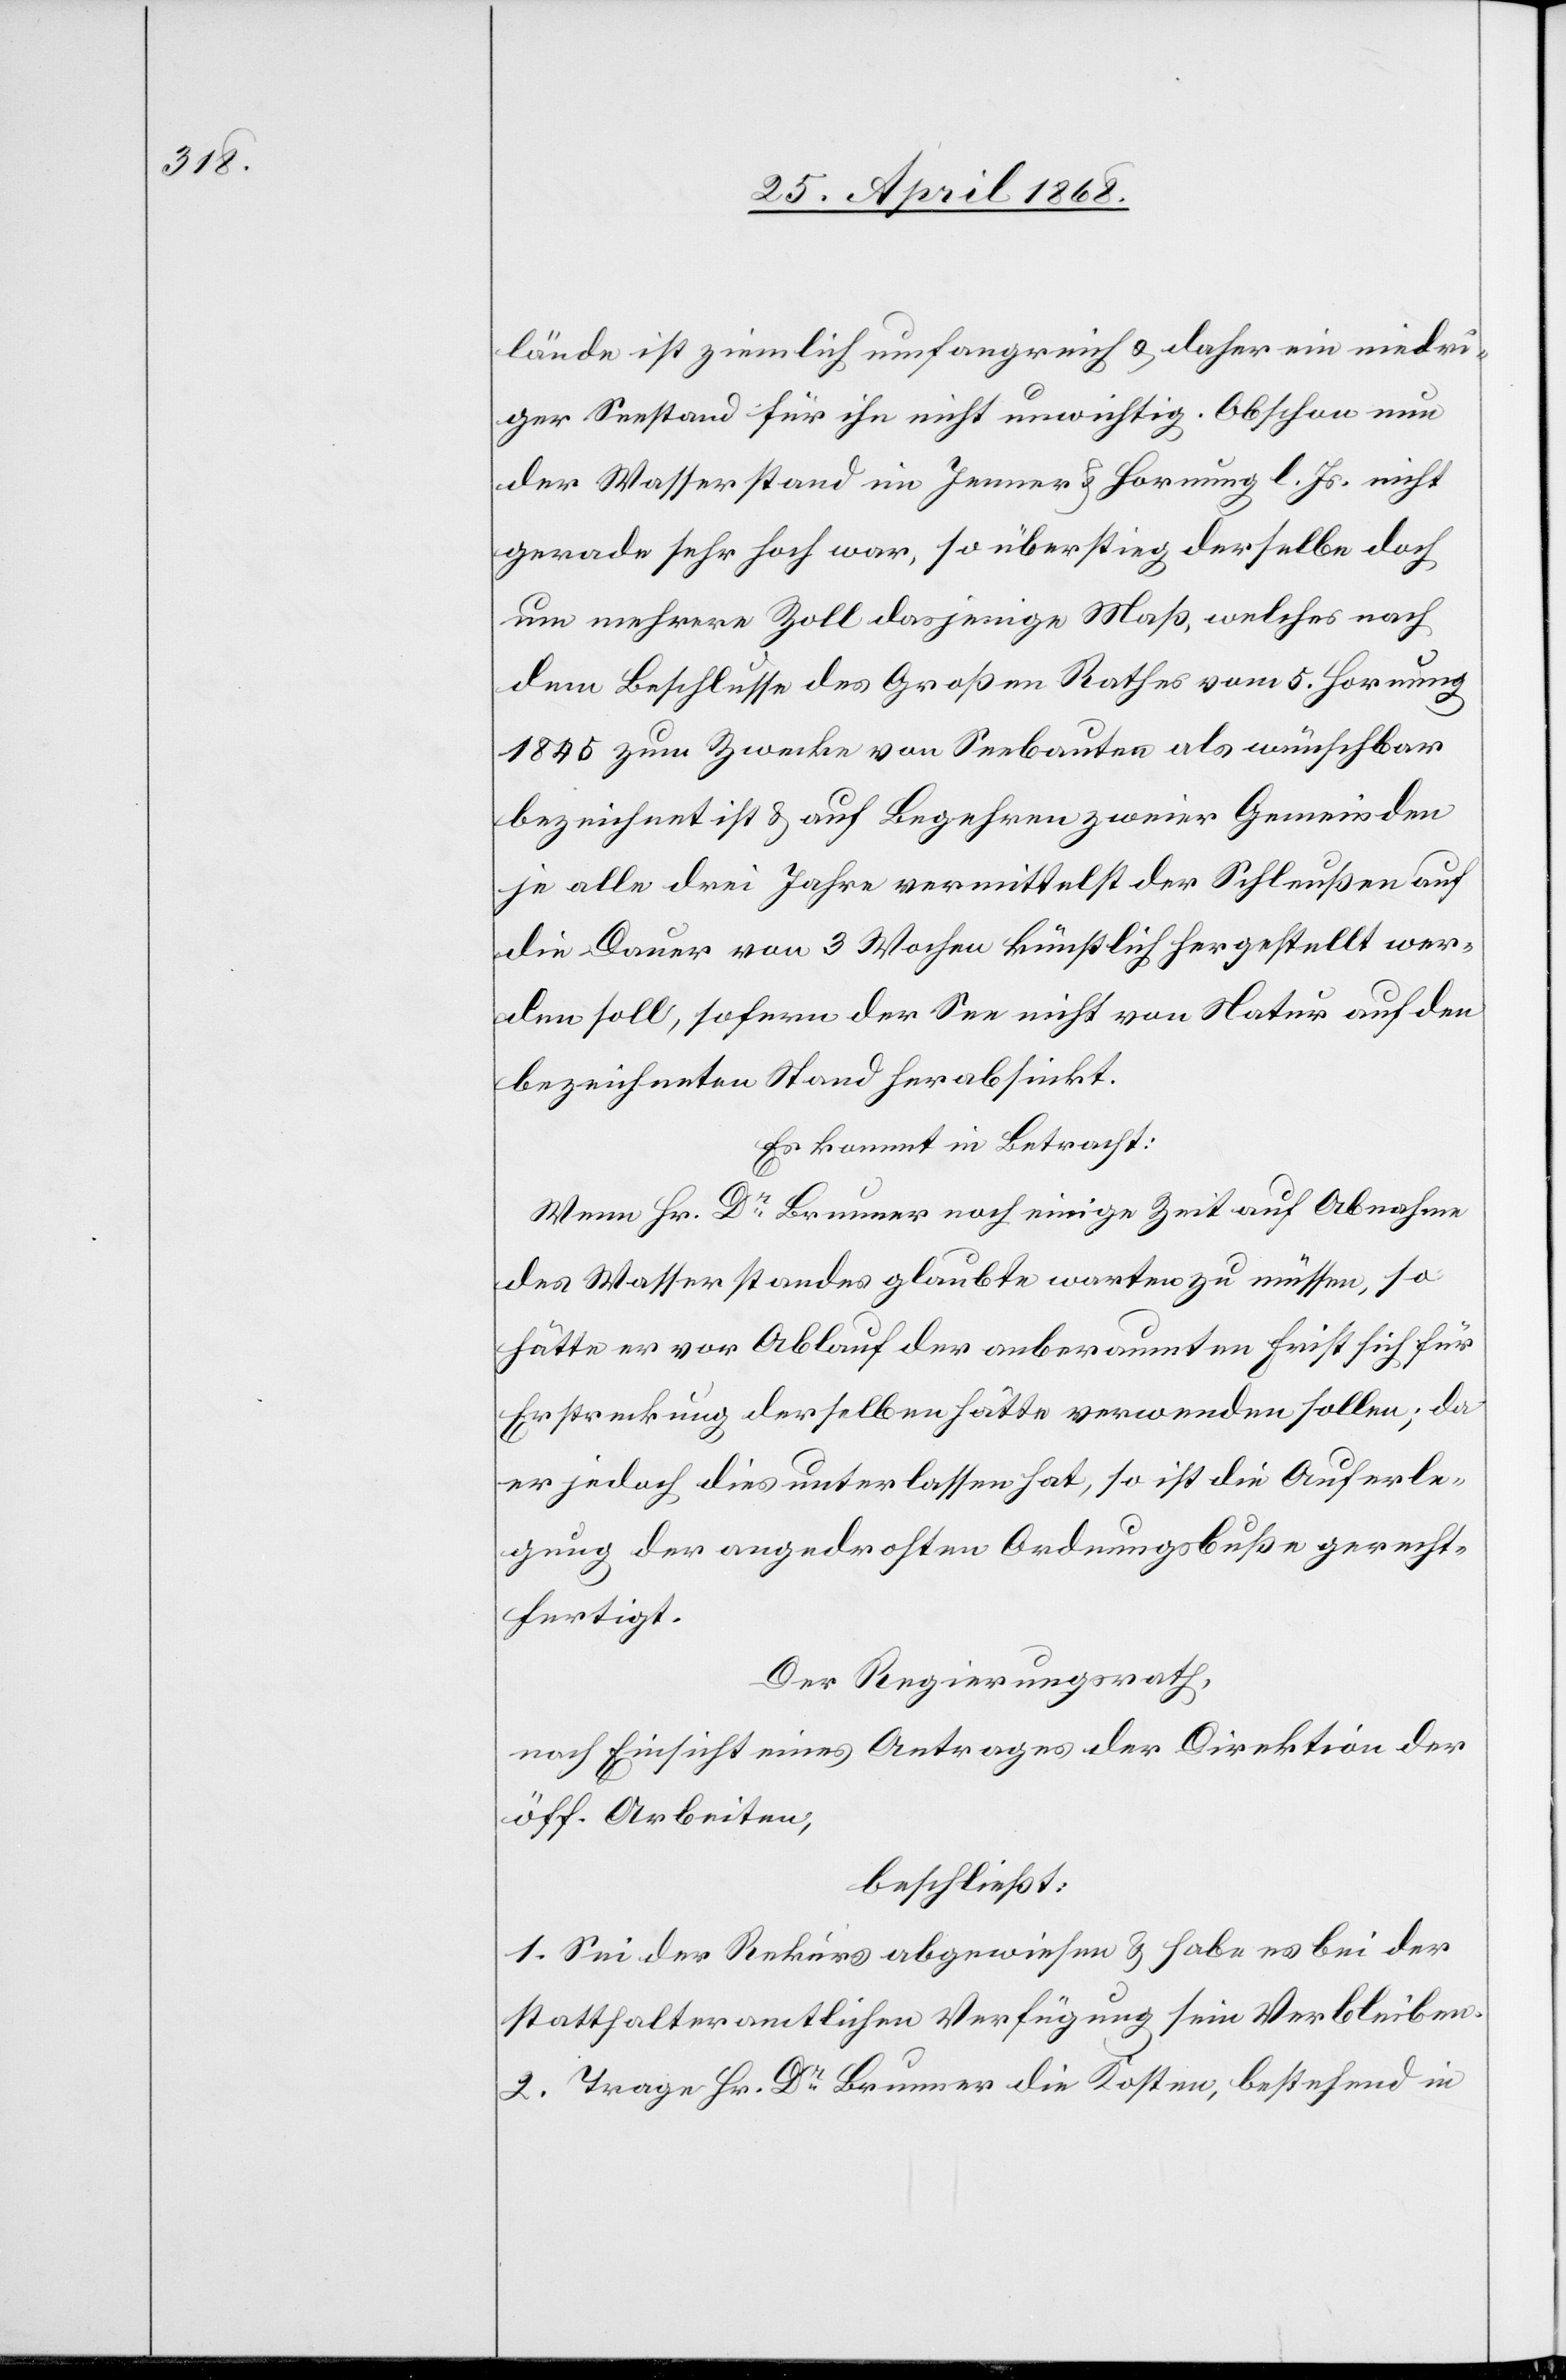
lände ist ziemlich umfangreich & daher ein niedri¬
ger Seestand für ihn nicht unwichtig. Obschon nun
der Wasserstand im Jenner & Hornung l. Js. nicht
gerade sehr hoch war, so überstieg derselbe doch
um mehrere Zoll dasjenige Maß¸welches nach
dem Beschlusse des Großen Rathes vom 5. Hornung
1845 zum Zwecke von Seebauten als wünschbar
bezeichnet ist & auf Begehren zweier Gemeinden
je alle drei Jahre vermittelst der Schleußen auf
die Dauer von 3 Wochen künstlich hergestellt wer¬
den soll, sofern der See nicht von Natur auf den
bezeichneten Stand herabsinkt.
Es kommt in Betracht:
Wenn Hr. Dr. Brunner noch einige Zeit auf Abnahme
des Wasserstandes glaubte warten zu müssen, so
hätte er vor Ablauf der anberaumten Frist sich für
Erstreckung derselben hätte [sic!] verwenden sollen; da
er jedoch dies unterlassen hat, so ist die Auferle¬
gung der angedrohten Ordnungsbuße gerecht¬
fertigt.
Der Regierungsrath,
nach Einsicht eines Antrages der Direktion der
öff. Arbeiten,
beschließt:
1. Sei der Rekurs abgewiesen & habe es bei der
statthalteramtlichen Verfügung sein Verbleiben.
2. Trage Hr. Dr. Brunner die Kosten, bestehend in